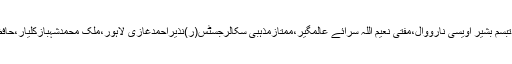
دوروزہ تقریبات میںپیرسید منورحسین شاہ جماعتی سجا دہ نشین علی پورسیداںشریف،پیرمحمدتبسم بشیر اویسی نارووال،مفتی نعیم اللہ سرائے عالمگیر،ممتازمذہبی سکالرجسٹس(ر)نذیراحمدغازی لاہور،ملک محمدشہبازکلیار،حافظ مشتاق احمدکوکب،حافظ محمدرفیق چشتی نظام آبادی مختلف نشستوںسے خطاب فرمائینگے۔